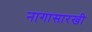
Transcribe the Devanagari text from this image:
नागासारखी